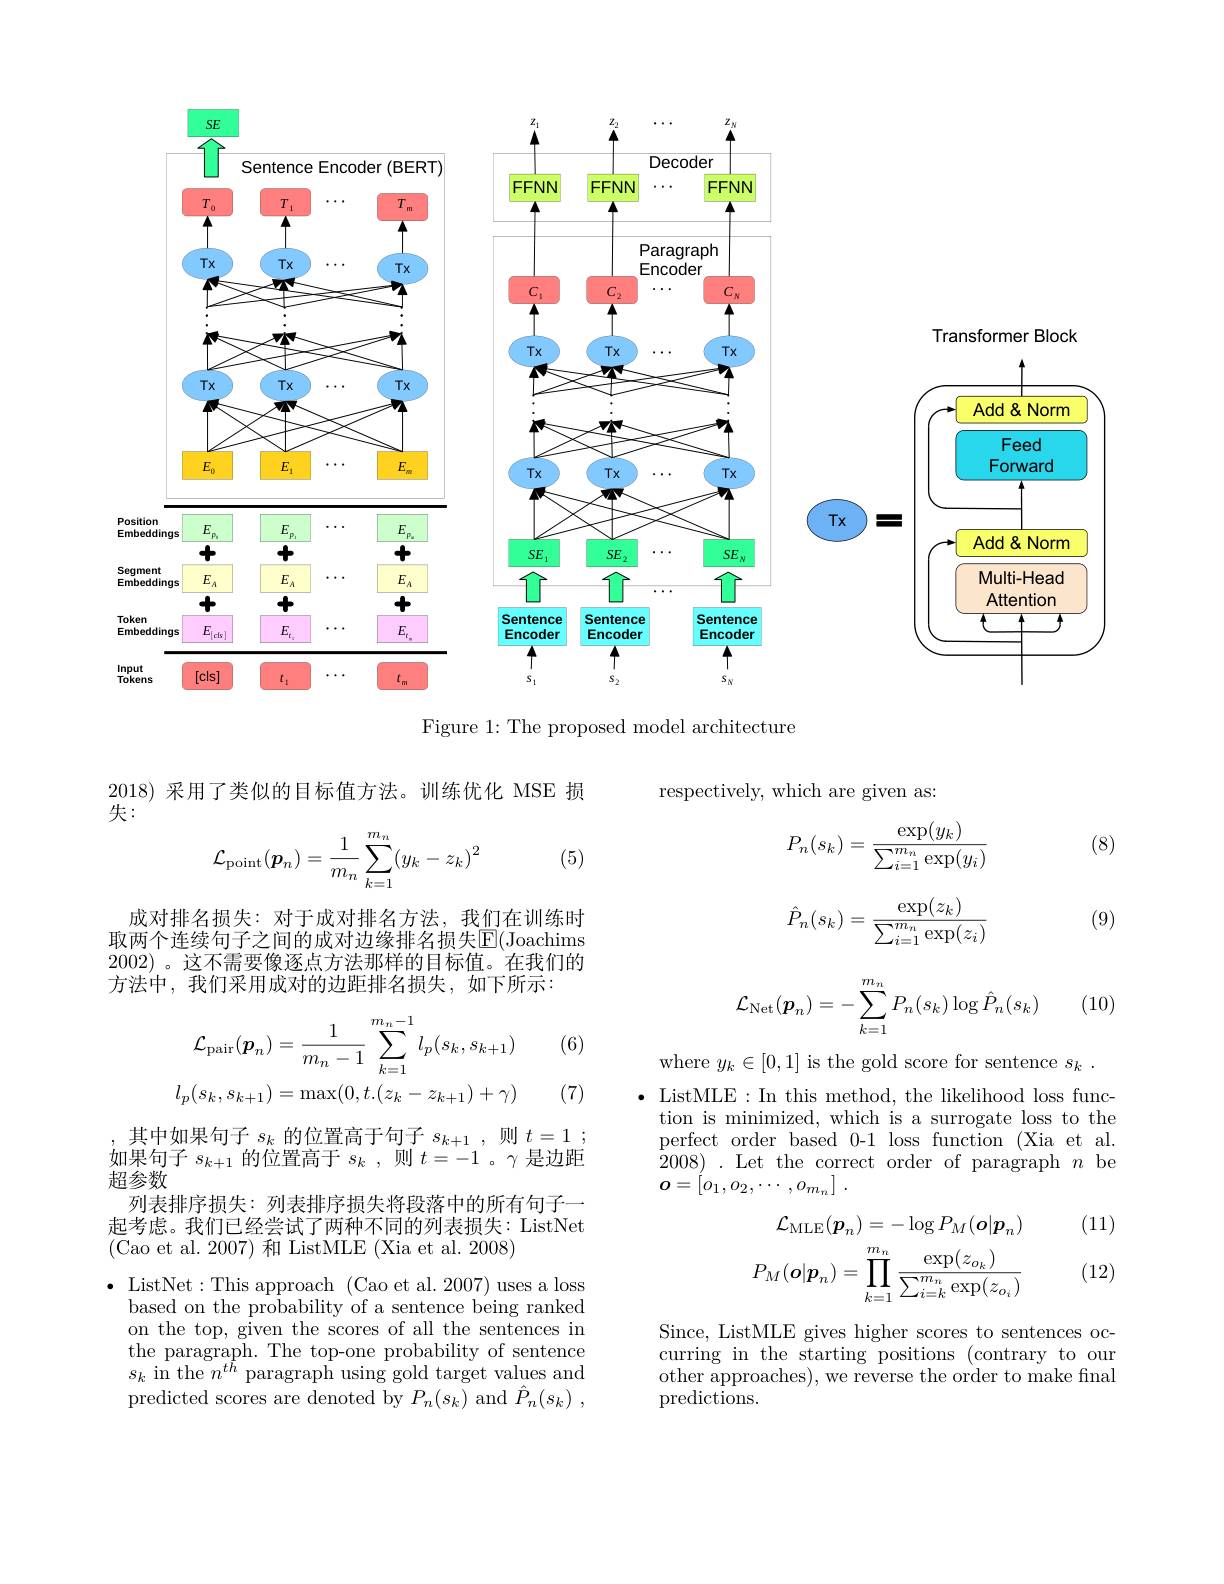
<FigureHere>

Figure 1: The proposed model architecture

respectively, which are given as:

2018)采用了类似的目标值方法。训练优化 MSE 损
失：

(8)

(5)
$$\mathcal{L}_{\mathrm{point}}(\boldsymbol{p}_n)=\frac{1}{m_n}\sum_{k=1}^{m_n}(y_k-z_k)^2$$
$$P_n(s_k)=\frac{\exp(y_k)}{\sum_{i=1}^{m_n}\exp(y_i)}$$
$$\hat{P}_n(s_k)=\frac{\exp(z_k)}{\sum_{i=1}^{m_n}\exp(z_i)}$$
(9)

成对排名损失：对于成对排名方法，我们在训练时取两个连续句子之间的成对边缘排名损失$\mathbb{E}($Joachims 2002) 。这不需要像逐点方法那样的目标值。在我们的方法中，我们采用成对的边距排名损失，如下所示：

(10)
$$\mathcal{L}_{\mathrm{Net}}(\boldsymbol{p}_n)=-\sum_{k=1}^{m_n}P_n(s_k)\log\hat{P}_n(s_k)$$
(6)
$$\begin{aligned}\mathcal{L}_{\mathrm{pair}}(\boldsymbol{p}_{n})&=\frac{1}{m_{n}-1}\sum_{k=1}^{m_{n}-1}l_{p}(s_{k},s_{k+1})\\l_{p}(s_{k},s_{k+1})&=\max(0,t.(z_{k}-z_{k+1})+\gamma)\end{aligned}$$
(7)

where $y_k\in[0,1]$ is the gold score for sentence $s_k.$
$\bullet$ ListMLE:In this method, the likelihood loss func-
tion is minimized, which is a surrogate loss to the perfect order based 0-1 loss function (Xia et al. $\dot{2}008).$ Let the correct order of paragraph $n$ be $o= [ o_{1}, o_{2}, \cdots , o_{m_{n}}]$ .

如果句子$s_k+1$的位置高于$s_k$ ,则$t=-1$ 。$\gamma$是边距
超参数

其中如果句子$s_k$的位置高于句子$s_k+1$,则$t= 1$ ; 列表排序损失：列表排序损失将段落中的所有句子一
起考虑。我们已经尝试了两种不同的列表损失：ListNet
(Cao et al. 2007) 和 ListMLE (Xia et al. 2008)

(11)
$$\mathcal{L}_{\mathrm{MLE}}(\boldsymbol{p}_{n})=-\log P_{M}(\boldsymbol{o}|\boldsymbol{p}_{n})\\P_{M}(\boldsymbol{o}|\boldsymbol{p}_{n})=\prod_{k=1}^{m_{n}}\frac{\exp(z_{o_{k}})}{\sum_{i=k}^{m_{n}}\exp(z_{o_{i}})}$$
(12)

$\bullet$ ListNet:This approach(Cao et al.2007)uses a loss
based on the probability of a sentence being ranked on the top, given the scores of all the sentences in the paragraph. The top-one probability of sentence $s_k$ in the $n^{th}$ paragraph using gold target values and predicted scores are denoted by $P_n(s_k)$ and $\hat{P} _n( s_k)$ ,

Since, ListMLE gives higher scores to sentences occurring in the starting positions (contrary to our other approaches), we reverse the order to make fnal predictions.